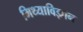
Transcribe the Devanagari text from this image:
मिथ्याविज्ञान